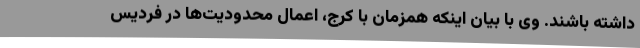
داشته باشند. وی با بیان اینکه همزمان با کرج، اعمال محدودیت‌ها در فردیس